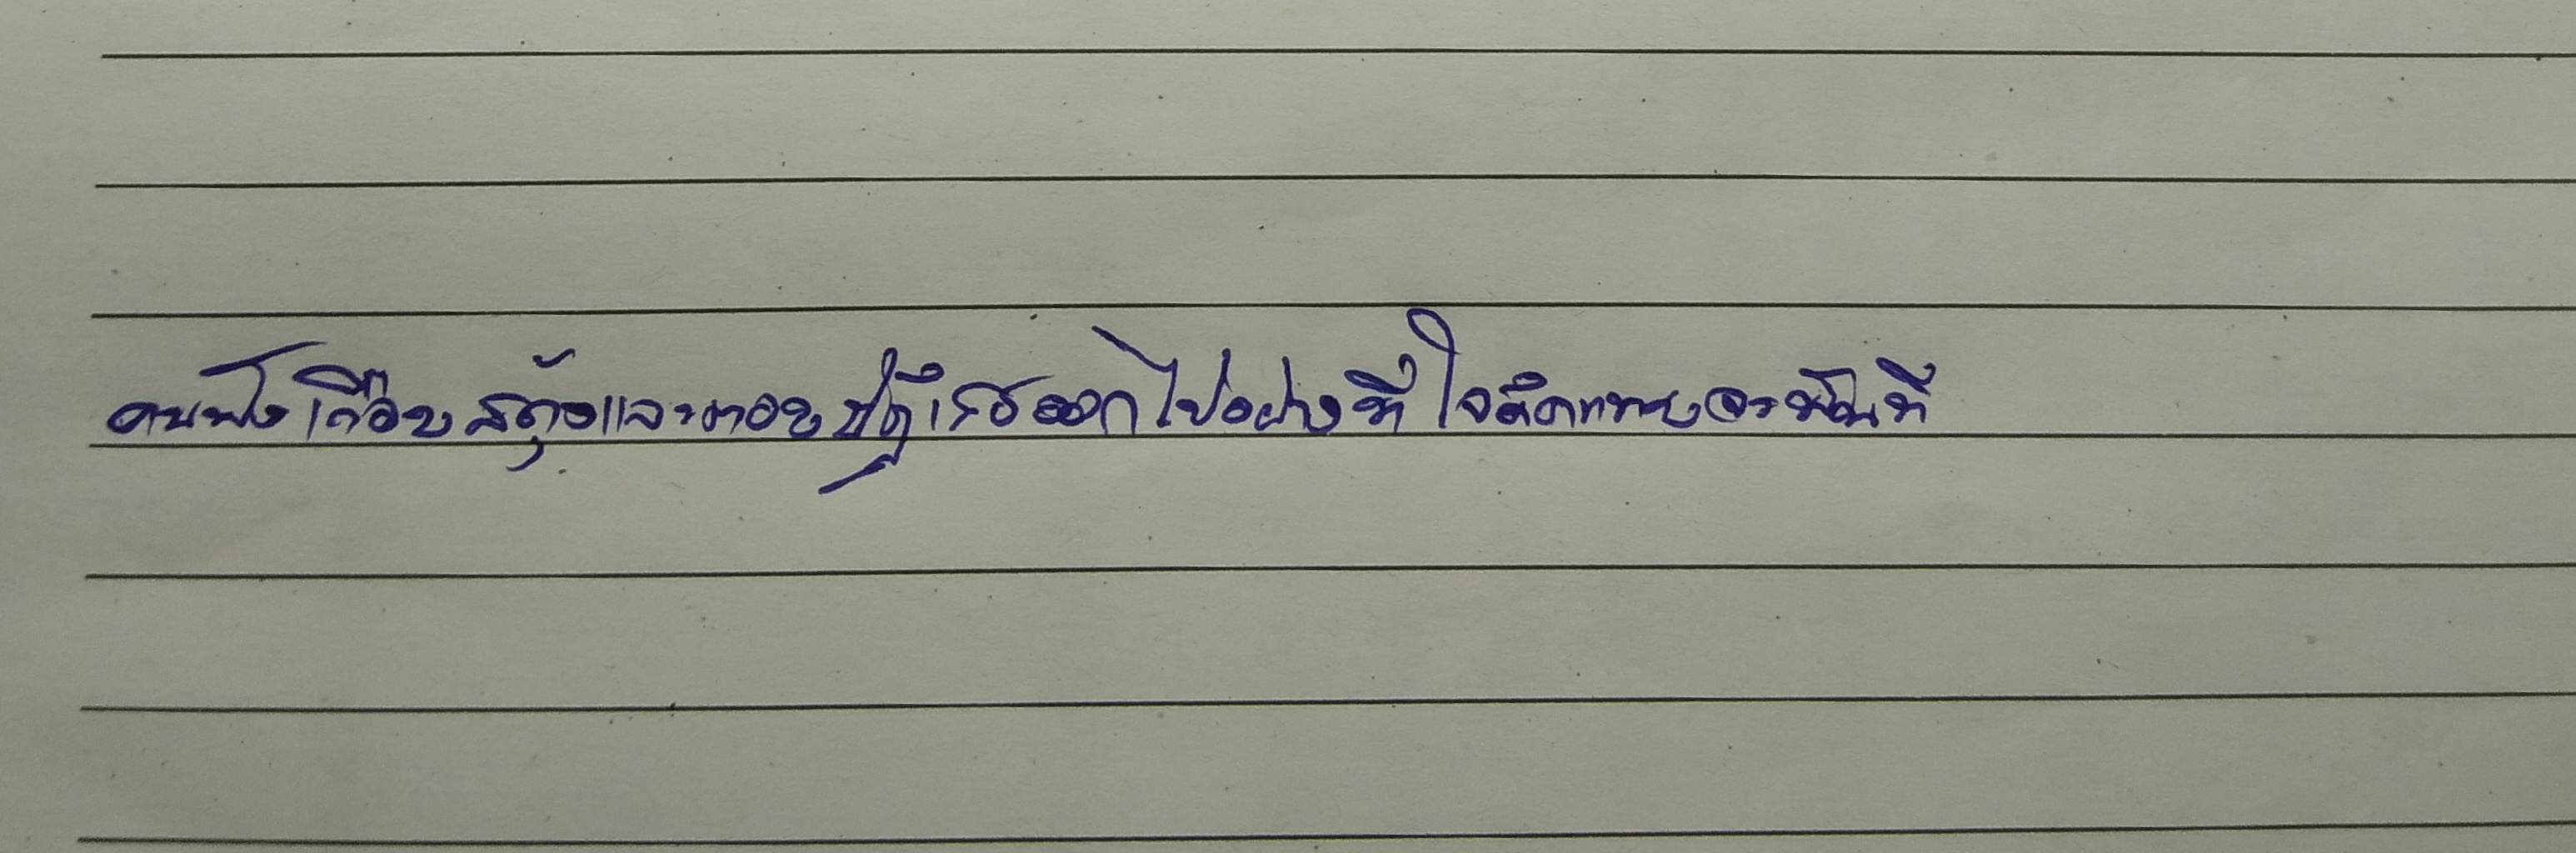
คนฟังเกือบสะดุ้งและตอบปฏิเสธออกไปอย่างที่ใจคิดแทบจะทันที